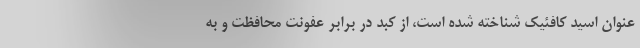
عنوان اسید کافئیک شناخته شده است، از کبد در برابر عفونت محافظت و به